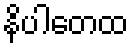
နိပါတေထ